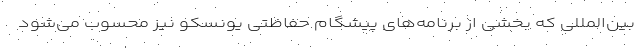
بین‌المللی که بخشی از برنامه‌های پیشگام حفاظتی یونسکو نیز محسوب می‌شود